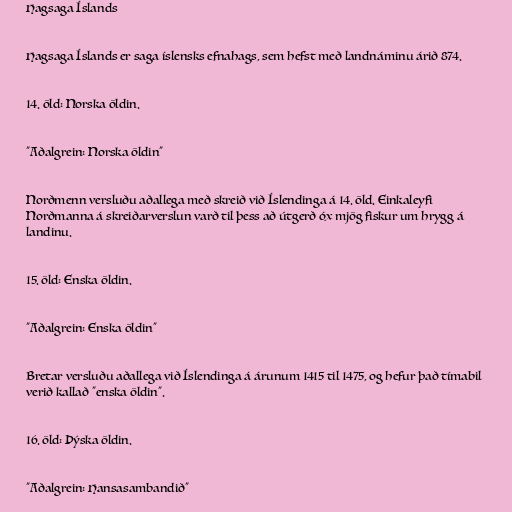
Hagsaga Íslands

Hagsaga Íslands er saga íslensks efnahags, sem hefst með landnáminu árið 874.

14. öld: Norska öldin.

"Aðalgrein: Norska öldin"

Norðmenn versluðu aðallega með skreið við Íslendinga á 14. öld. Einkaleyfi
Norðmanna á skreiðarverslun varð til þess að útgerð óx mjög fiskur um hrygg á
landinu.

15. öld: Enska öldin.

"Aðalgrein: Enska öldin"

Bretar versluðu aðallega við Íslendinga á árunum 1415 til 1475, og hefur það tímabil
verið kallað "enska öldin".

16. öld: Þýska öldin.

"Aðalgrein: Hansasambandið"